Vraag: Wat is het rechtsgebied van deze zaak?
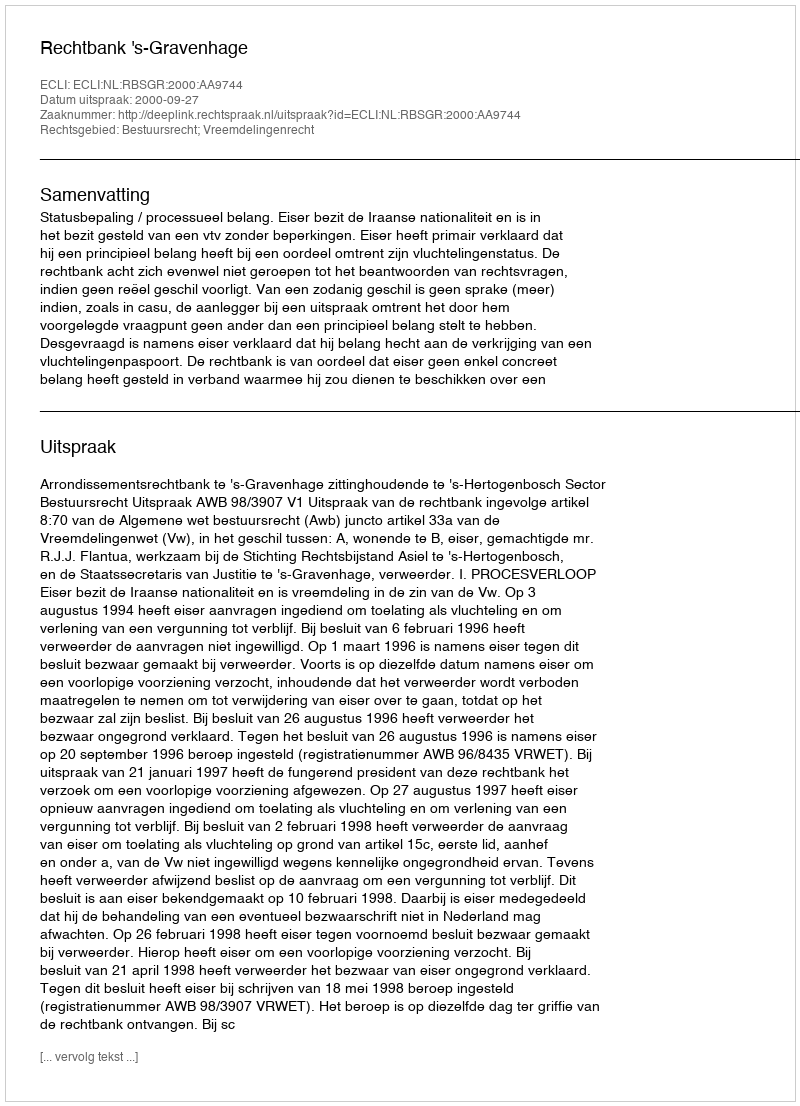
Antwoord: Bestuursrecht; Vreemdelingenrecht